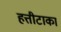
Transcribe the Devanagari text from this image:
हत्तीटाका